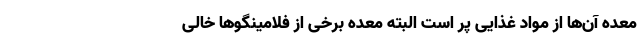
معده آن‌ها از مواد غذایی پر است البته معده برخی از فلامینگوها خالی